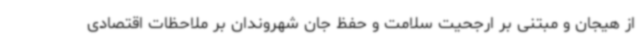
از هیجان و مبتنی بر ارجحیت سلامت و حفظ جان شهروندان بر ملاحظات اقتصادی